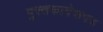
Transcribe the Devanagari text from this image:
पुस्तकादेशपत्र